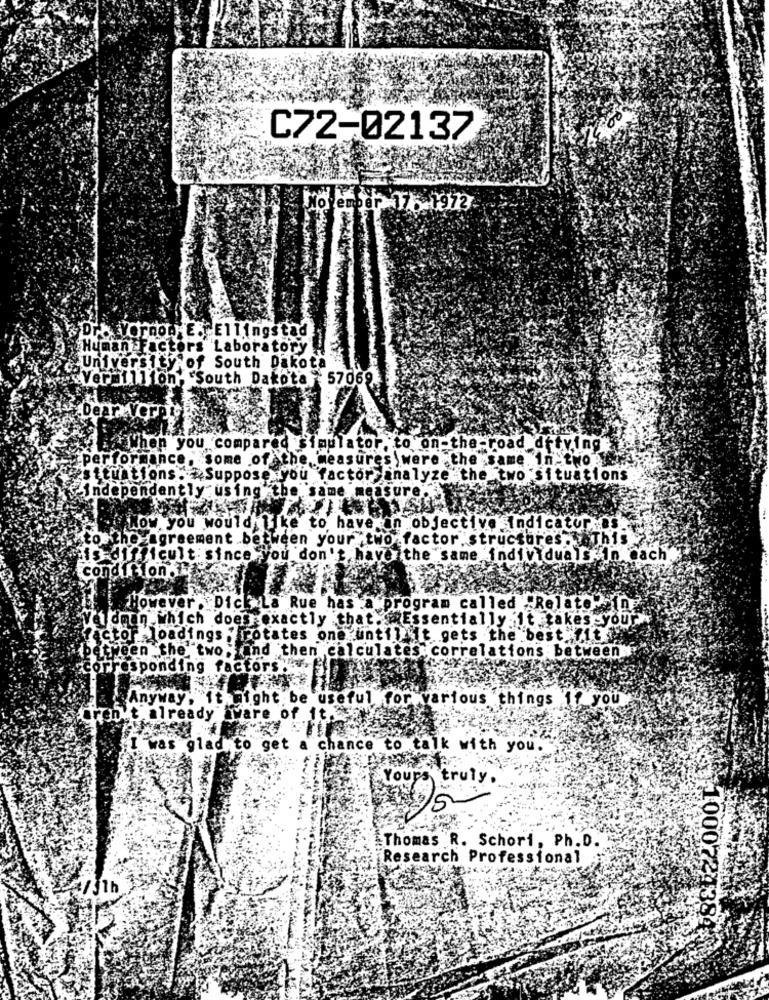
C72-02137
ofember 175.1972
Fb VormOD E: Ellingstad
uman Factors Laboratory!
University of South Dakota
:Vermi111on;
h. South Dakota 57069
Dear Vern
hen you compared simulator to on-the -road ditving
performance, some of the measures were the same in two
situations . Suppose you factorsanalyze the two situations
independently using the same
casure
Wow you would like to have in objective indicatur. s.
the agreement between your two factor structures. This
difficult since you don't havethe same individuals In Cach
condition
However . Dick La Rue has a program called "Relatein
Veldman which does:exactly that. Essentially it takes -your
actor loadings
tes one until it gets the best fit
ween the
two
nd then calculates correlations between
corresponding f
tors
AnyWay
it might be useful for various things
you
aren't already aware of it.si
I was glad to get a chance to talk with you.
Yours truly.
Thomas R. Schori, Ph.D.
Research Professional
413th
1000724384